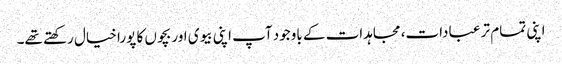
اپنی تمام تر عبادات، مجاہدات کے باوجود آپ اپنی بیوی اور بچوں کا پورا خیال رکھتے تھے۔